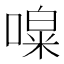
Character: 𠼎